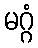
မဂ္ဂံ